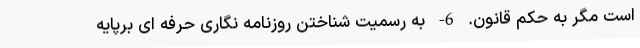
است مگر به حکم قانون. 6- به رسمیت شناختن روزنامه نگاری حرفه ای برپایه